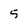
Character: 5